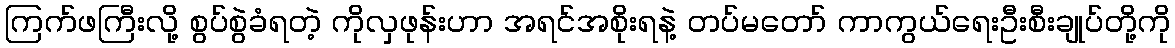
ကြက်ဖကြီးလို့ စွပ်စွဲခံရတဲ့ ကိုလှဖုန်းဟာ အရင်အစိုးရနဲ့ တပ်မတော် ကာကွယ်ရေးဦးစီးချုပ်တို့ကို